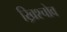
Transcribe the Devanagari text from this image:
ख्रिश्चोव